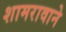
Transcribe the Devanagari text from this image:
शामरावाने